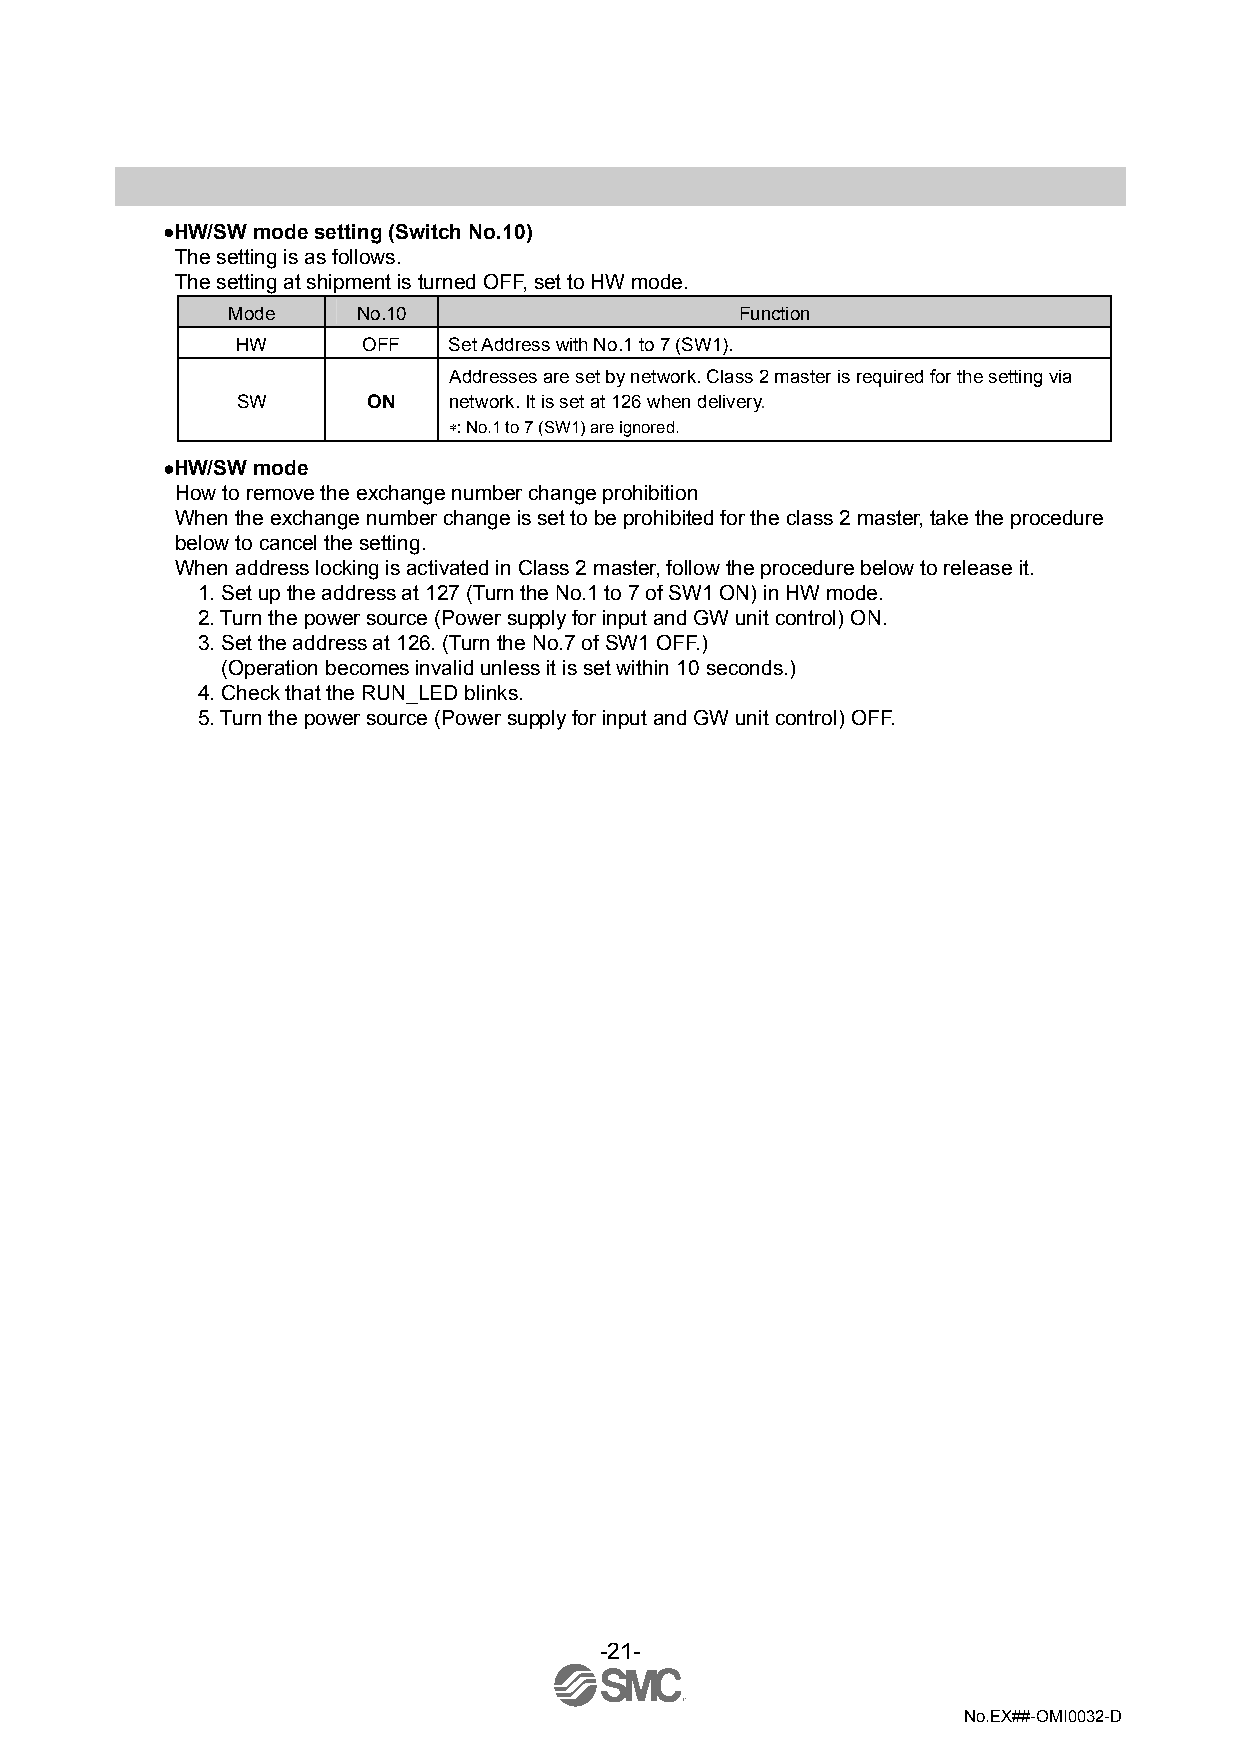
•HW/SW mode setting (Switch No.10)
 The setting is as follows.
 The setting at shipment is turned OFF, set to HW mode.
 Mode     No.10                    Function
 HW      OFF   Set Address with No.1 to 7 (SW1).
 Addresses are set by network. Class 2 master is required for the setting via
 SW      ON    network. It is set at 126 when delivery.
 ∗: No.1 to 7 (SW1) are ignored.
 •HW/SW mode
 How to remove the exchange number change prohibition
 When the exchange number change is set to be prohibited for the class 2 master, take the procedure
 below to cancel the setting.
 When address locking is activated in Class 2 master, follow the procedure below to release it.
 1. Set up the address at 127 (Turn the No.1 to 7 of SW1 ON) in HW mode.
 2. Turn the power source (Power supply for input and GW unit control) ON.
 3. Set the address at 126. (Turn the No.7 of SW1 OFF.)
 (Operation becomes invalid unless it is set within 10 seconds.)
 4. Check that the RUN_LED blinks.
 5. Turn the power source (Power supply for input and GW unit control) OFF.
 -21-
 No.EX##-OMI0032-D